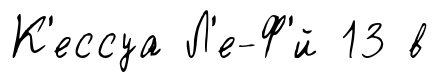
К'ессуа Л'е-Ф'́й 13 в